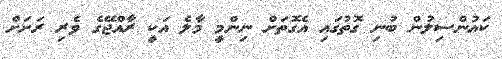
ކައުންސިލުން ބުނި ގޮތުގައި އެގޮތަށް ނިންމީ މާލެ އަކީ ރާއްޖޭގެ ވެރި ރަށަށް